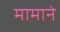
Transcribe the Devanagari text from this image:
मामाने